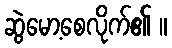
ဆွဲမော့စေလိုက်၏ ။